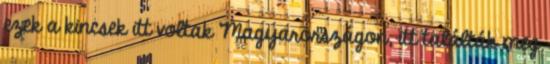
ezek a kincsek itt voltak Magyarországon, itt találták meg